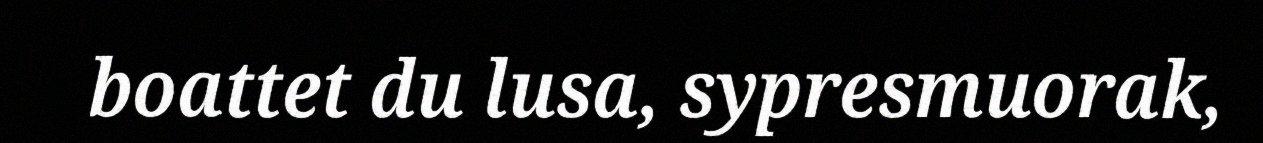
boattet du lusa, sypresmuorak,